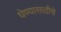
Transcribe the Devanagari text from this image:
घेण्यासाठीचे